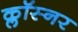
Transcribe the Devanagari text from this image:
क्लॉस्नर